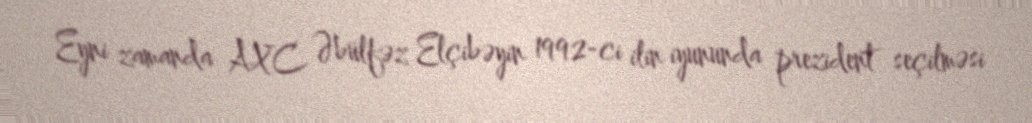
Eyni zamanda AXC Əbülfəz Elçibəyin 1992-ci ilin iyununda prezident seçilməsi